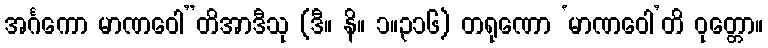
အင်္ဂကော မာဏဝေါ”တိအာဒီသု (ဒီ။ နိ။ ၁။၃၁၆) တရုဏော ‘မာဏဝေါ’တိ ဝုတ္တော။